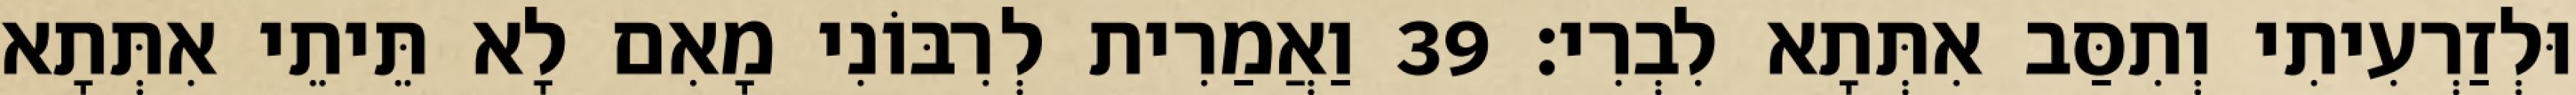
וּלְזַרְעִיתִי וְתִסַּב אִתְּתָא לִבְרִי׃ 39 וַאֲמַרִית לְרִבּוֹנִי מָאִם לָא תֵּיתֵי אִתְּתָא